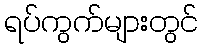
ရပ်ကွက်များတွင်